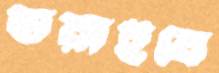
ডরাইবে